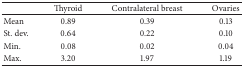
|  | Thyroid | Contralateral breast | Ovaries |
 | --- | --- | --- | --- |
 | Mean | 0.89 | 0.39 | 0.13 |
 | St. dev. | 0.64 | 0.22 | 0.10 |
 | Min. | 0.08 | 0.02 | 0.04 |
 | Max. | 3.20 | 1.97 | 1.19 |